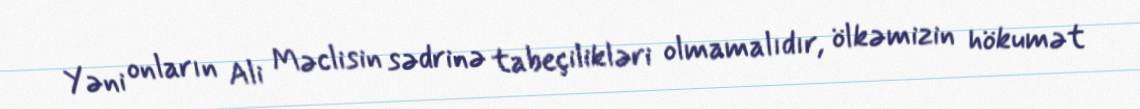
Yəni onların Ali Məclisin sədrinə tabeçilikləri olmamalıdır, ölkəmizin hökumət